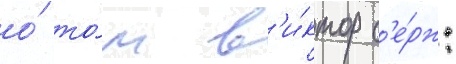
о́ то́м в'и́ктор с'е́рж: